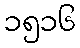
၁၅၁၆